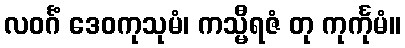
လဝင်္ဂံ ဒေဝကုသုမံ၊ ကသ္မီရဇံ တု ကုင်္ကုမံ။